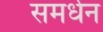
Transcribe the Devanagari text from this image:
समर्धन